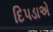
દિપડાએ